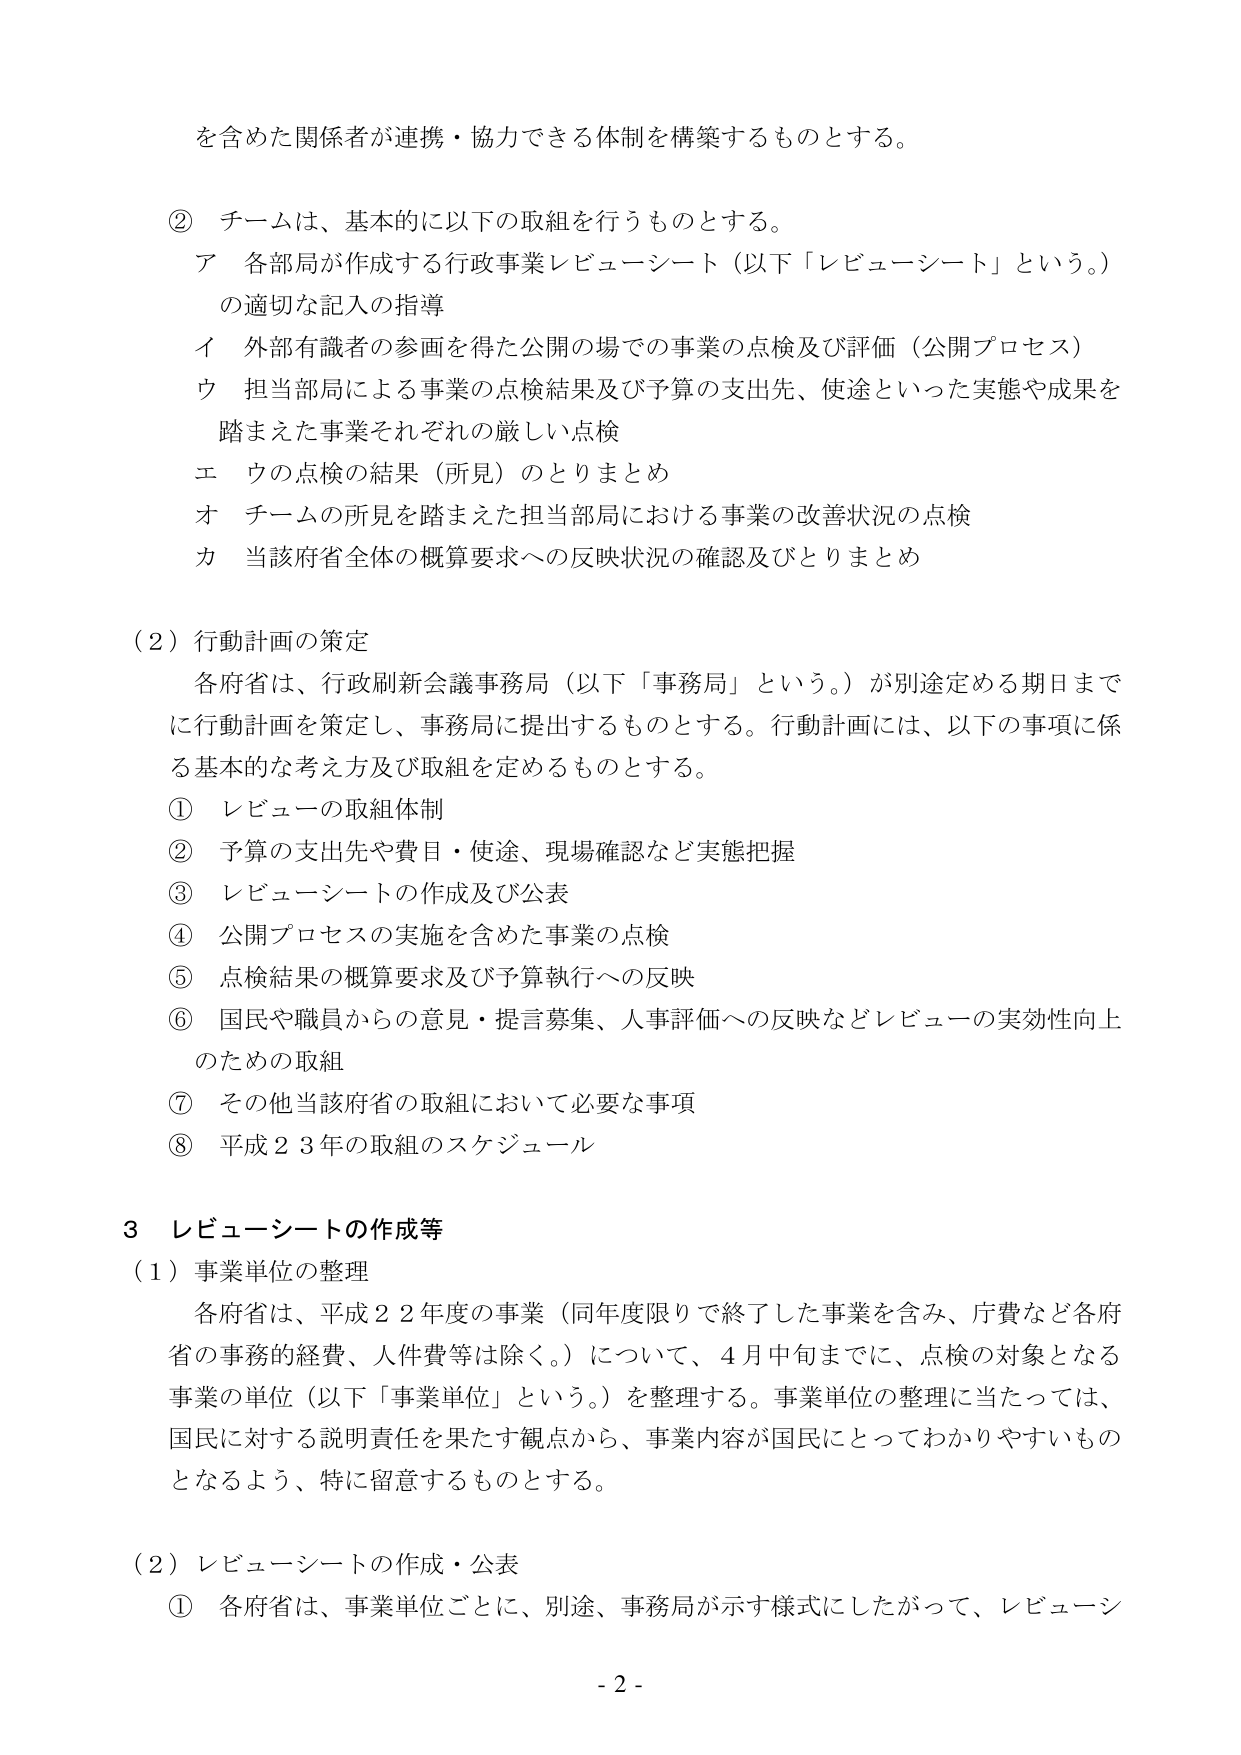
を含めた関係者が連携・協力できる体制を構築するものとする。

② チームは、基本的に以下の取組を行うものとする。
ア 各部局が作成する行政事業レビューーシート（以下「レビューーシート」という。）
の適切な記入の指導
イ 外部有識者の参画を得た公開の場での事業の点検及び評価（公開プロセス）
ウ 担当部局による事業の点検結果及び予算の支出先、使途といった実態や成果を
踏まえた事業それぞれの厳しい点検
エ ウの点検の結果（所見）のとりまとめ
オ チームの所見を踏まえた担当部局における事業の改善状況の点検
カ 当該府省全体の概算要求への反映状況の確認及びとりまとめ

（2）行動計画の策定
各府省は、行政刷新会議事務局（以下「事務局」という。）が別途定める期日まで
に行動計画を策定し、事務局に提出するものとする。行動計画には、以下の事項に係
る基本的な考え方及び取組を定めるものとする。
① レビューの取組体制
② 予算の支出先や費目・使途、現場確認など実態把握
③ レビューーシートの作成及び公表
④ 公開プロセスの実施を含めた事業の点検
⑤ 点検結果の概算要求及び予算執行への反映
⑥ 国民や職員からの意見・提言募集、人事評価への反映などレビューの実効性向上
のための取組
⑦ その他当該府省の取組において必要な事項
⑧ 平成23年の取組のスケジュール

3 レビューーシートの作成等
（1）事業単位の整理
各府省は、平成22年度の事業（同年度限りで終了した事業を含み、庁費など各府
省の事務的経費、人件費等は除く。）について、4月中旬までに、点検の対象となる
事業の単位（以下「事業単位」という。）を整理する。事業単位の整理に当たっては、
国民に対する説明責任を果たす観点から、事業内容が国民にとってわかりやすいもの
となるよう、特に留意するものとする。

（2）レビューーシートの作成・公表
① 各府省は、事業単位ごとに、別途、事務局が示す様式にしたがって、レビューーシ

- 2 -